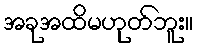
အခုအထိမဟုတ်ဘူး။